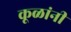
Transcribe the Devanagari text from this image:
कूळांनी